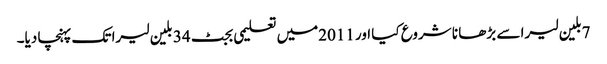
7بلین لیرا سے بڑھا نا شروع کیا اور 2011میں تعلیمی بجٹ 34 بلین لیرا تک پہنچا دیا۔